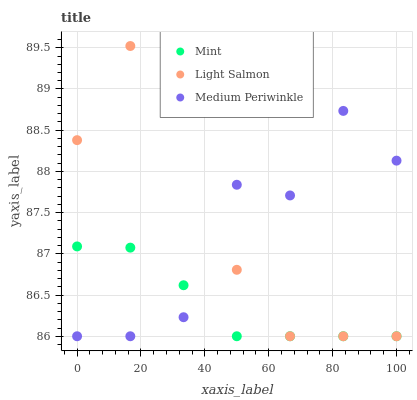
| xaxis_label | Mint | Light Salmon | Medium Periwinkle |
 | --- | --- | --- | --- |
 | 0 | 87.1 | 88.4 | 86 |
 | 16.7 | 87.1 | 89.5 | 86 |
 | 33.3 | 86.6 | 89 | 86.2 |
 | 50 | 86 | 86.8 | 87.8 |
 | 66.7 | 86 | 86 | 87.7 |
 | 83.3 | 86 | 86 | 88.7 |
 | 100 | 86 | 86 | 88.1 |